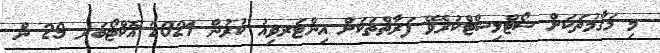
މި މަޤާމުތަކަށް ޝޯޓްލިސްޓްކުރެވޭ ފަރާތްތަކަށް އިންޓަރވިއު ކުރުން 2021 އޮކްޓޯބަރ 29 ން